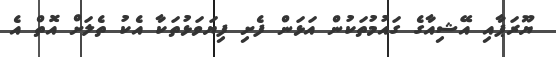
ޔޫރަޕާއި އޭޝިއާގެ ގައުމުތަކުން އަޅަން ފެށި ފިޔަވަޅުތަކާ އެކު ތެލަށް އޮތް އެ